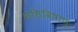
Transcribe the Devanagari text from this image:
संधिविषाणु